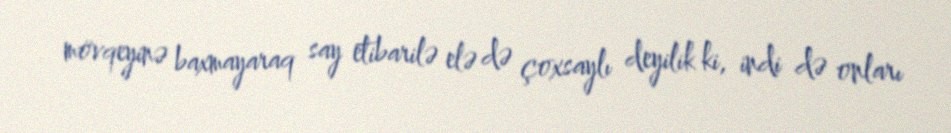
mövqeyinə baxmayaraq say etibarilə elə də çoxsaylı deyilik ki, indi də onları